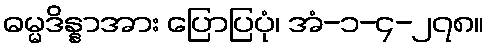
ဓမ္မဒိန္နာအား ပြောပြပုံ၊ အံ-၁-၄-၂၇၈။